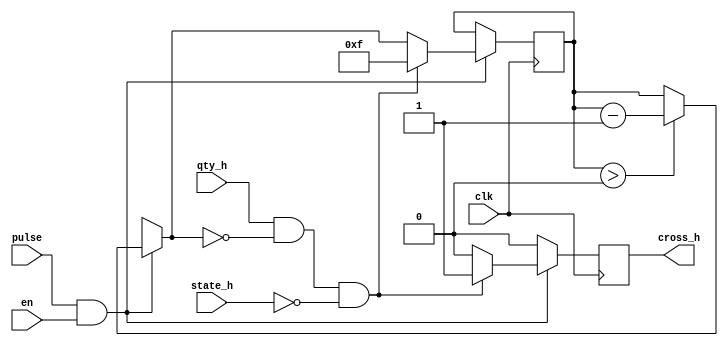
`timescale 1ns / 1ps

module cross_h(
    input clk,
    input pulse,
    input en, 
    input [6:0] qty_h,
    input [1:0] state_h,
    output cross_h
    );
    
    reg [3:0] cross_countdown;
    reg cross_h_reg;
    
    always @ (posedge clk)
        begin
        cross_h_reg = 0;
        if (pulse && en)
            begin
            if (cross_countdown > 0)
                cross_countdown = cross_countdown - 1;
            if (qty_h && !cross_countdown && !state_h)
                begin
                cross_countdown = 15;
                cross_h_reg = 1;
                end
            end
        end
        
    assign cross_h = cross_h_reg;
endmodule